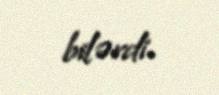
bilərdi.